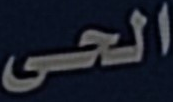
الحى